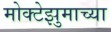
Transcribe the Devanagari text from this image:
मोक्टेझुमाच्या